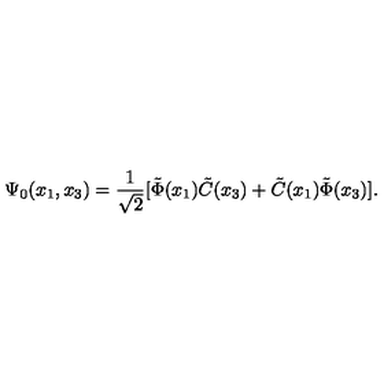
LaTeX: \Psi _ { 0 } ( x _ { 1 } , x _ { 3 } ) = \frac { 1 } { \sqrt { 2 } } [ \tilde { \Phi } ( x _ { 1 } ) \tilde { C } ( x _ { 3 } ) + \tilde { C } ( x _ { 1 } ) \tilde { \Phi } ( x _ { 3 } ) ] .